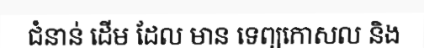
ជំនាន់ ដើម ដែល មាន ទេព្យកោសល និង